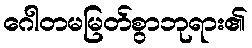
ဂေါတမမြတ်စွာဘုရား၏